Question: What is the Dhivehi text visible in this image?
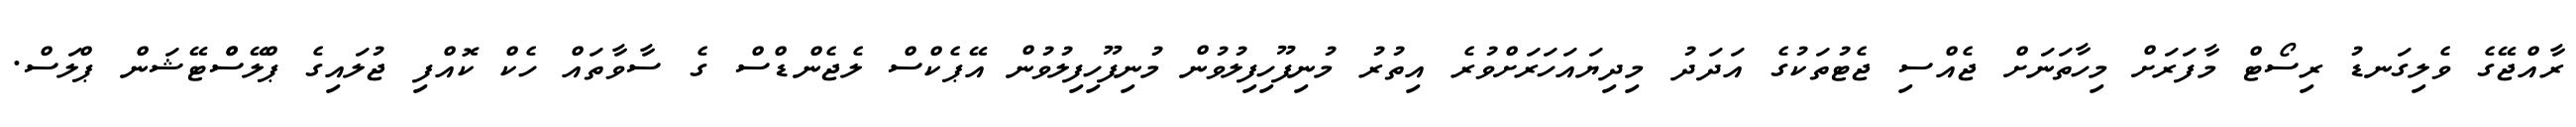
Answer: ރާއްޖޭގެ ވެލިގަނޑު ރިސޯޓް މާފަރަށް މިހާތަނަށް ޖެއްސި ޖެޓުތަކުގެ އަދަދު މިދިޔައަހަރަށްވުރެ އިތުރު މުނިފޫހިފިލުވުން މުނިފޫހިފިލުވުން އޭޕެކްސް ލެޖެންޑްސް ގެ ސާވާތައް ހެކް ކޮއްފި ޖުލައިގެ ޕްލޭސްްޓޭޝަން ޕްލަސް.